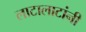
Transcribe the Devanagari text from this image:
लाटालाटांनी